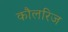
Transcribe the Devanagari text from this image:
कौलरिज